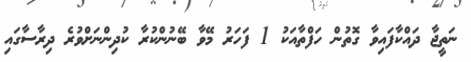
ނަތީޖާ ދައްކާފައިވާ ގޮތުން ހަފްތާއަކު 1 ފަހަރު މޭވާ ބޭނުންކުރާ ކުދިންނަށްވުރެ ދިރާސާގައި